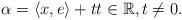
LaTeX: \begin{align*}\alpha =\left\langle x,e\right\rangle +tt\in \mathbb{R},t\neq 0. \end{align*}